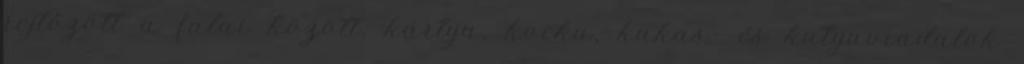
rejtőzött a falai között, kártya, kocka, kakas- és kutyaviadalok